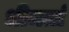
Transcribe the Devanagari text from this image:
धीमतां